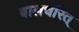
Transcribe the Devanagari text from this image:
बालचरित्‌